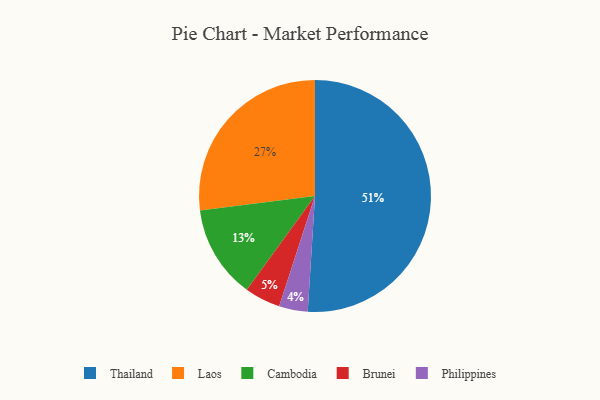
{"axis": {"x": "Category", "y": "Percentage"}, "legend": ["Brunei", "Cambodia", "Laos", "Philippines", "Thailand"], "data": [{"x": "Philippines", "y": 4, "type": "Philippines"}, {"x": "Thailand", "y": 51, "type": "Thailand"}, {"x": "Brunei", "y": 5, "type": "Brunei"}, {"x": "Laos", "y": 27, "type": "Laos"}, {"x": "Cambodia", "y": 13, "type": "Cambodia"}]}